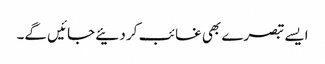
ایسے تبصرے بھی غائب کر دئیے جائیں گے۔